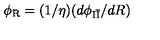
\phi _ { \mathrm { R } } = ( 1 / \eta ) ( d \phi _ { \mathrm { I \bar { I } } } / d R )